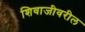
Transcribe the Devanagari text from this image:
शिवाजीवरील